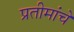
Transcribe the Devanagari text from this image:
प्रतीमांचे